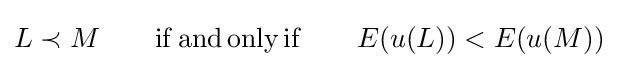
L\prec M\qquad \mathrm {if\,and\,only\,if} \qquad E(u(L))<E(u(M))